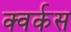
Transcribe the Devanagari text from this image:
क्वर्कस